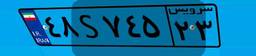
۱۴S۹۶۲۰۹